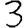
Digit: 3